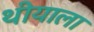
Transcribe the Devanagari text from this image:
थीयाला